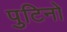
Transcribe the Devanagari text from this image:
पुटिनो